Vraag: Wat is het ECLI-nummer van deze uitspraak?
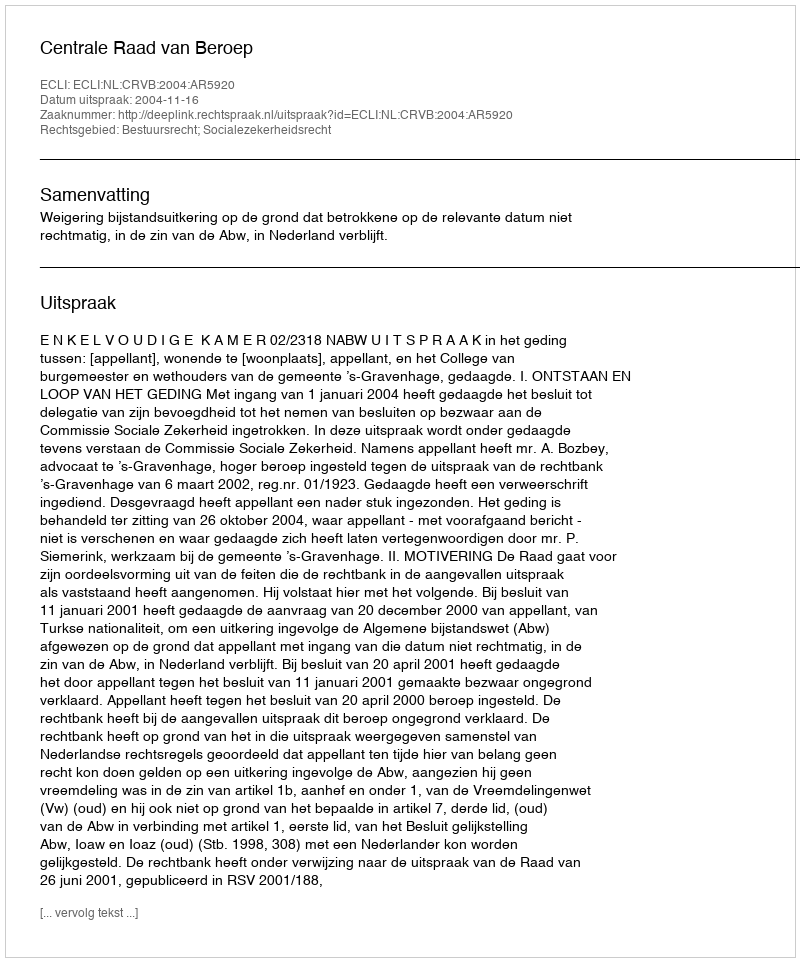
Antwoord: ECLI:NL:CRVB:2004:AR5920